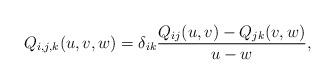
LaTeX: \begin{align*} Q_{i,j,k}(u,v,w) = \delta_{ik}\frac{Q_{ij}(u,v)-Q_{jk}(v,w)}{u-w}, \end{align*}